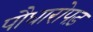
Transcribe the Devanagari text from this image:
पौधारोपड़